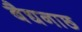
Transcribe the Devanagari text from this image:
बैद्यनाछ